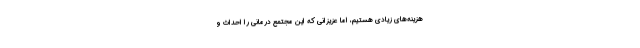
هزینه‌های زیادی هستیم، اما عزیزانی که این مجتمع درمانی را احداث و